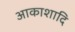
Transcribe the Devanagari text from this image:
आकाशादि